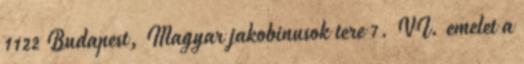
1122 Budapest, Magyar jakobinusok tere 7. VI. emelet a